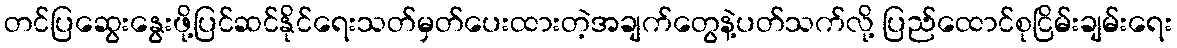
တင်ပြဆွေးနွေးဖို့ပြင်ဆင်နိုင်ရေးသတ်မှတ်ပေးထားတဲ့အချက်တွေနဲ့ပတ်သက်လို့ ပြည်ထောင်စုငြိမ်းချမ်းရေး